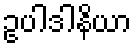
ဥပါဒါနိယာ